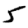
Digit: 5